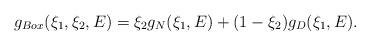
LaTeX: \begin{align*}g_{Box}(\xi_1, \xi_2, E) = \xi_2 g_N(\xi_1, E) + (1 - \xi_2)g_D(\xi_1, E).\end{align*}